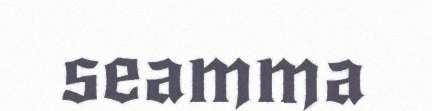
seamma